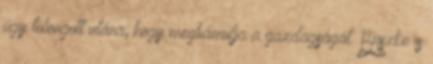
úgy tolongott utána, hogy megbámulja a gazdagságát. Büszke is